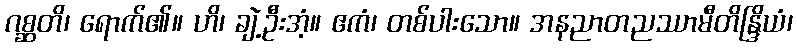
ဂစ္ဆတိ၊ ရောက်၏။ ဟိ၊ ချဲ့ဦးအံ့။ ဧကံ၊ တစ်ပါးသော။ အနညာတညဿာမီတိန္ဒြိယံ၊